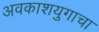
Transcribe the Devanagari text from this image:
अवकाशयुगाचा